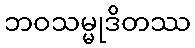
ဘဝသမ္မုဒိတဿ